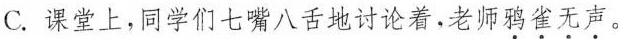
C.课堂上，同学们七嘴八舌地讨论着，老师鸦雀无声。